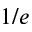
1 / e